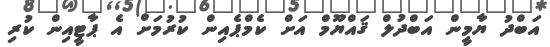
އަބްދު ޔާމީން އަބްދުލް ޤައްޔޫމް އަށް ކެމްޕެއިން ކުރުމަށް އެ ޕާޓީއިން ކުރި